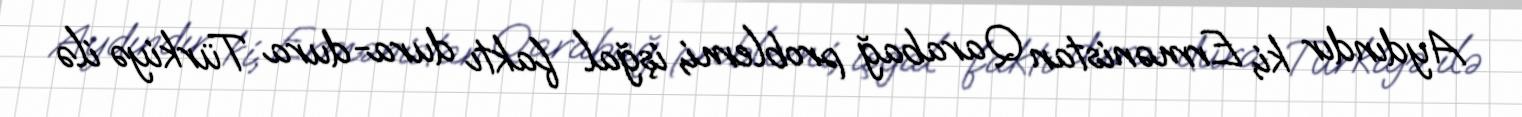
Aydındır ki, Ermənistan Qarabağ problemi, işğal faktı dura-dura Türkiyə ilə